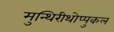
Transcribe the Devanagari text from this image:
मुन्थिरीथोप्पुकल